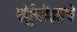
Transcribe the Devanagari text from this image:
पोर्तुगीझांचे